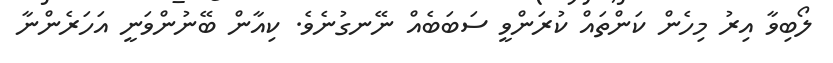
ލޯބިވާ އިރު މިހެން ކަންތައް ކުރަންވީ ސަބަބެއް ނޭނގުނެވެ. ކިއާން ބޭނުންވަނީ އަހަރެންނާ